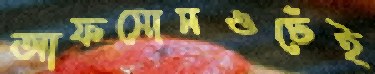
আফসোসওঢেঁই